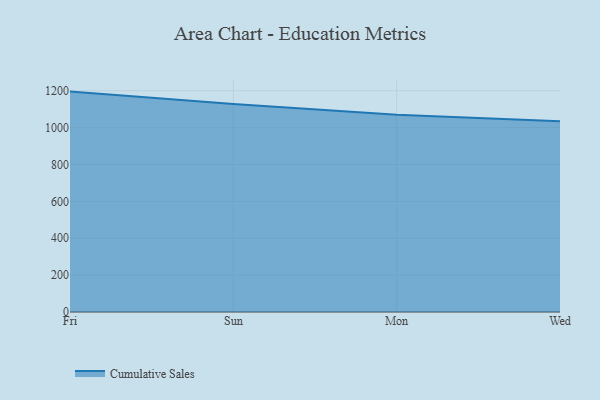
{"axis": {"x": "Day", "y": "Energy Usage (MWh)"}, "legend": ["Cumulative Sales"], "data": [{"x": "Fri", "y": 1195.4, "type": "Cumulative Sales"}, {"x": "Sun", "y": 1127.5, "type": "Cumulative Sales"}, {"x": "Mon", "y": 1069.7, "type": "Cumulative Sales"}, {"x": "Wed", "y": 1034.3, "type": "Cumulative Sales"}]}